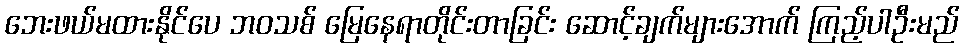
ဘေးဖယ်မထားနိုင်ပေ ဘဝသစ် မြေနေရာတိုင်းတာခြင်း ဆောင့်ချက်များအောက် ကြည့်ပါဦးမည်